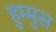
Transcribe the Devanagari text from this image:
हुम्मुस